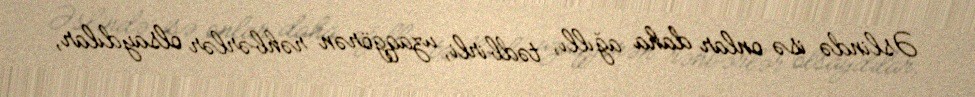
Əslində isə onlar daha ağıllı, tədbirli, uzaqgörən rəhbərlər olsaydılar,